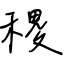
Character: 稷